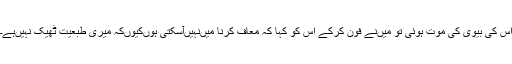
اس کی بیوی کی موت ہوئی تو میں‌نے فون کرکے اس کو کہا کہ معاف کرنا میں‌نہیں‌آسکتی ہوں‌کیوںکہ میری طبعیت ٹھیک نہیں‌ہے۔